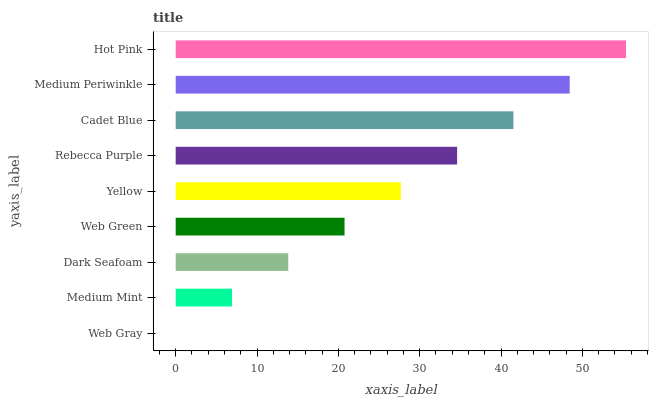
| yaxis_label | bars |
 | --- | --- |
 | Web Gray | 0 |
 | Medium Mint | 6.92 |
 | Dark Seafoam | 13.8 |
 | Web Green | 20.8 |
 | Yellow | 27.7 |
 | Rebecca Purple | 34.6 |
 | Cadet Blue | 41.5 |
 | Medium Periwinkle | 48.4 |
 | Hot Pink | 55.4 |